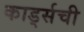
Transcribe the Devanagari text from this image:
कार्ड्सची